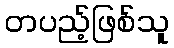
တပည့်ဖြစ်သူ